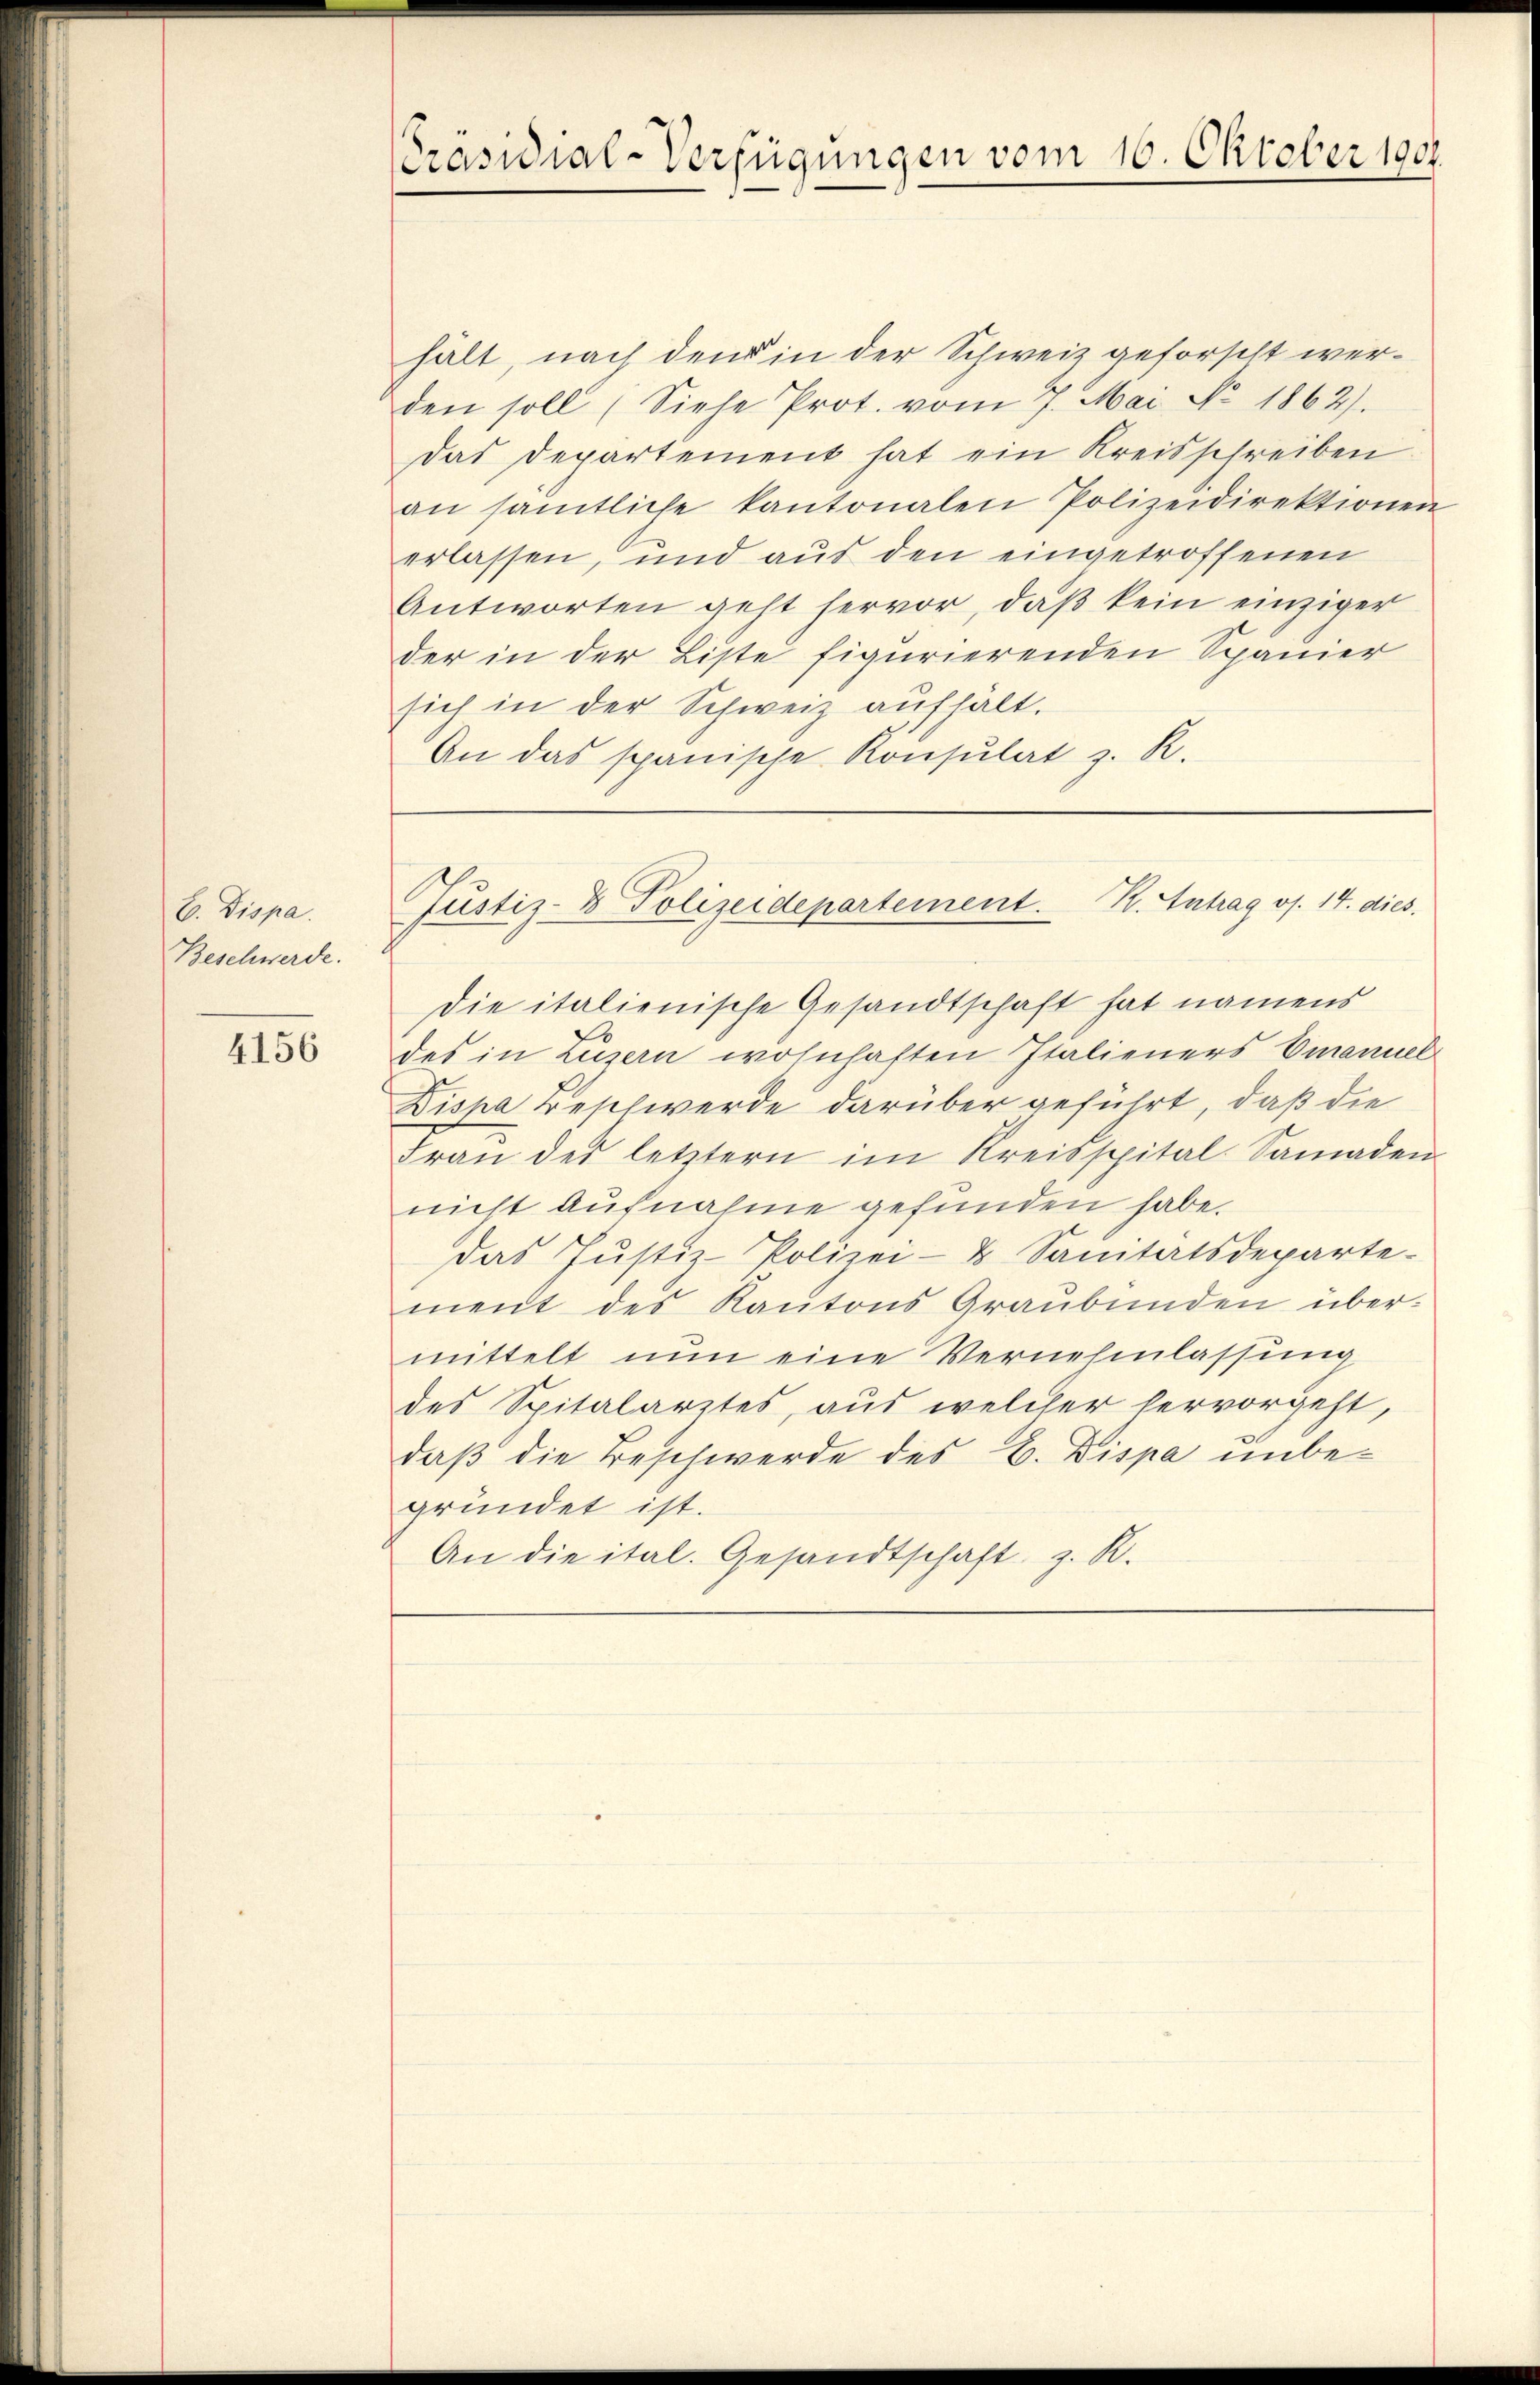
C. Dispa.
Beschwerde.

4156

hält, nach den in der Schweiz geforscht werden soll (Siehe Prot. vom 7. Mai No 1862).
das Departement hat ein Kreisschreiben
an sämtliche kantonalen Polizeidirektionen
erlassen, und aus den eingetroffenen
Antworten geht hervor, daß kein einziger
der in der Liste figurierenden Spanier
sich in der Schweiz aufhält.
An das spanische Konsulat z. R.

Präsidial-Verfügungen vom 16. Oktober 1901.

Justiz- & Polizeidepartement. R. Antrag os. 14. dies

die italienische Gesandtschaft hat namens
des in Luzern wohnhaften Italieners Emanuel
Disha Beschwerde darüber geführt, daß die
Fraŭ des letztern im Kreisspital-Samaden
nicht aufnahme gefunden habe.
das Jŭstiz-Polizei- & Sanitätsdeparte-
ment des Kantons Graubünden über-
mittelt nun eine Vernehmlassung
des Spitalarztes, aus welcher hervorgeht,
daß die Beschwerde des C. Dispa unbegründet ist.
An die ital. Gesandtschaft z. B.